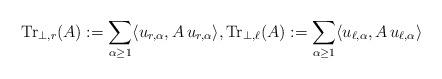
LaTeX: \begin{align*}\mathrm{Tr}_{\perp,r}(A):= \sum_{\alpha \ge1}\langle u_{r,\alpha},A\, u_{r,\alpha}\rangle,\mathrm{Tr}_{\perp,\ell}(A):= \sum_{\alpha \ge1}\langle u_{\ell,\alpha},A\, u_{\ell,\alpha}\rangle\end{align*}